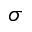
\sigma